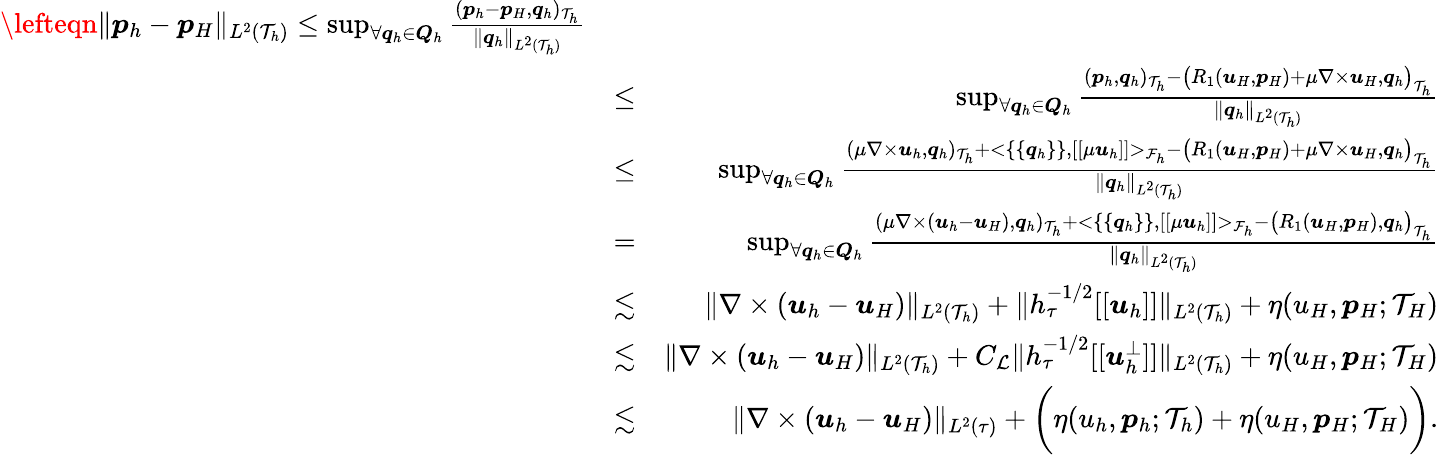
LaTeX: \begin{array}{rlr}{\lefteqn{\| \boldsymbol{p}_{h}-\boldsymbol{p}_{H}\| _{L^{2}(\mathcal{T}_{h})}\leq\operatorname*{sup}_{\forall\boldsymbol{q}_{h}\in\boldsymbol{Q}_{h}}\frac{(\boldsymbol{p}_{h}-\boldsymbol{p}_{H},\boldsymbol{q}_{h})_{\mathcal{T}_{h}}}{\| \boldsymbol{q}_{h}\| _{L^{2}(\mathcal{T}_{h})}}}}\\ &{\leq}&{\operatorname*{sup}_{\forall\boldsymbol{q}_{h}\in\boldsymbol{Q}_{h}}\frac{(\boldsymbol{p}_{h},\boldsymbol{q}_{h})_{\mathcal{T}_{h}}-\big(R_{1}(\boldsymbol{u}_{H},\boldsymbol{p}_{H})+\mu\nabla\times\boldsymbol{u}_{H},\boldsymbol{q}_{h}\big)_{\mathcal{T}_{h}}}{\| \boldsymbol{q}_{h}\| _{L^{2}(\mathcal{T}_{h})}}}\\ &{\leq}&{\operatorname*{sup}_{\forall\boldsymbol{q}_{h}\in\boldsymbol{Q}_{h}}\frac{(\mu\nabla\times\boldsymbol{u}_{h},\boldsymbol{q}_{h})_{\mathcal{T}_{h}}+<\{ \{ \boldsymbol{q}_{h}\} \} ,[[\mu\boldsymbol{u}_{h}]]>_{\mathcal{F}_{h}}-\big(R_{1}(\boldsymbol{u}_{H},\boldsymbol{p}_{H})+\mu\nabla\times\boldsymbol{u}_{H},\boldsymbol{q}_{h}\big)_{\mathcal{T}_{h}}}{\| \boldsymbol{q}_{h}\| _{L^{2}(\mathcal{T}_{h})}}}\\ &{=}&{\operatorname*{sup}_{\forall\boldsymbol{q}_{h}\in\boldsymbol{Q}_{h}}\frac{(\mu\nabla\times(\boldsymbol{u}_{h}-\boldsymbol{u}_{H}),\boldsymbol{q}_{h})_{\mathcal{T}_{h}}+<\{ \{ \boldsymbol{q}_{h}\} \} ,[[\mu\boldsymbol{u}_{h}]]>_{\mathcal{F}_{h}}-\big(R_{1}(\boldsymbol{u}_{H},\boldsymbol{p}_{H}),\boldsymbol{q}_{h}\big)_{\mathcal{T}_{h}}}{\| \boldsymbol{q}_{h}\| _{L^{2}(\mathcal{T}_{h})}}}\\ &{\lesssim}&{\| \nabla\times(\boldsymbol{u}_{h}-\boldsymbol{u}_{H})\| _{L^{2}(\mathcal{T}_{h})}+\| h_{\tau}^{-1/2}[[\boldsymbol{u}_{h}]]\| _{L^{2}(\mathcal{T}_{h})}+\eta(u_{H},\boldsymbol{p}_{H};\mathcal{T}_{H})}\\ &{\lesssim}&{\| \nabla\times(\boldsymbol{u}_{h}-\boldsymbol{u}_{H})\| _{L^{2}(\mathcal{T}_{h})}+C_{\mathcal{L}}\| h_{\tau}^{-1/2}[[\boldsymbol{u}_{h}^{\bot}]]\| _{L^{2}(\mathcal{T}_{h})}+\eta(u_{H},\boldsymbol{p}_{H};\mathcal{T}_{H})}\\ &{\lesssim}&{\| \nabla\times(\boldsymbol{u}_{h}-\boldsymbol{u}_{H})\| _{L^{2}(\tau)}+\bigg(\eta(u_{h},\boldsymbol{p}_{h};\mathcal{T}_{h})+\eta(u_{H},\boldsymbol{p}_{H};\mathcal{T}_{H})\bigg).}\end{array}